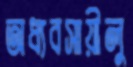
অধ্যবসায়ীলু